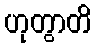
ဟုတွာတိ